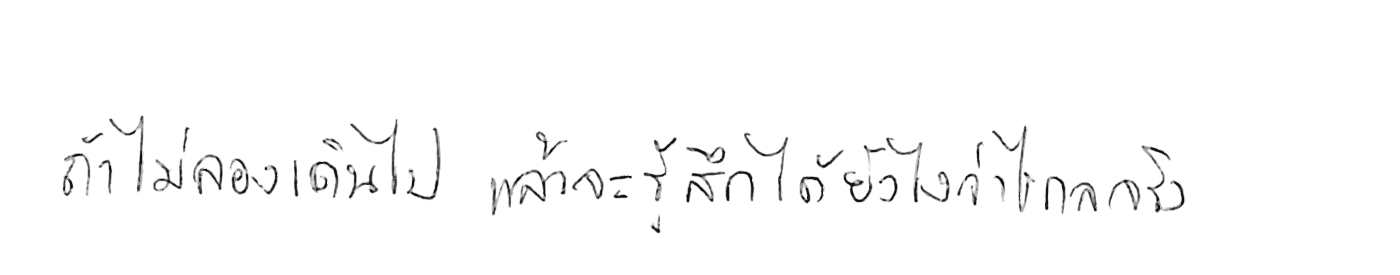
ถ้าไม่ลองเดินไป แล้วจะรู้ได้ยังไงว่าไกลจริง